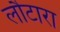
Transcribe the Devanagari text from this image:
लौटारा